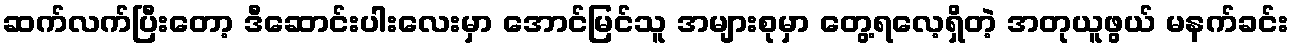
ဆက်လက်ပြီးတော့ ဒီဆောင်းပါးလေးမှာ အောင်မြင်သူ အများစုမှာ တွေ့ရလေ့ရှိတဲ့ အတုယူဖွယ် မနက်ခင်း